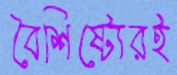
বৈশিষ্ট্যেরই